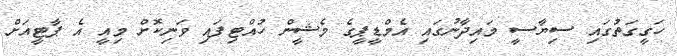
ހަގީގަތުގައި ސިޔާސީ މައިދާނުގައި އެމްޑީޕީގެ މެޝީން ހުއްޓިފައި ވަނިކޮށް މިއީ އެ ޕާޓީއަށް